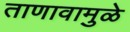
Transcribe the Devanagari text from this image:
ताणावामुळे